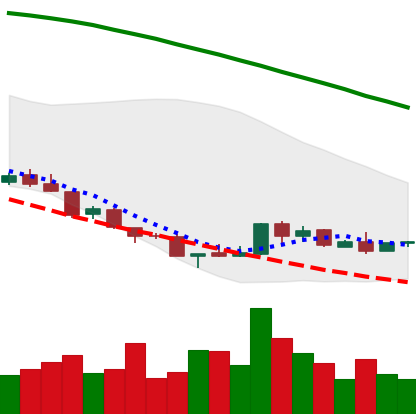
Ticker: NEO-USD
Chart end date: 2018-08-24
Forward return: 11.774%
Label: up_7plus